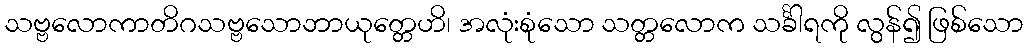
သဗ္ဗလောကာတိဂသဗ္ဗသောဘာယုတ္တေဟိ၊ အလုံးစုံသော သတ္တလောက သင်္ခါရကို လွန်၍ ဖြစ်သော